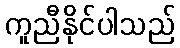
ကူညီနိုင်ပါသည်